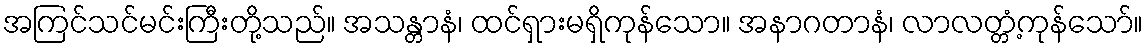
အကြင်သင်မင်းကြီးတို့သည်။ အသန္တာနံ၊ ထင်ရှားမရှိကုန်သော။ အနာဂတာနံ၊ လာလတ္တံ့ကုန်သော်။